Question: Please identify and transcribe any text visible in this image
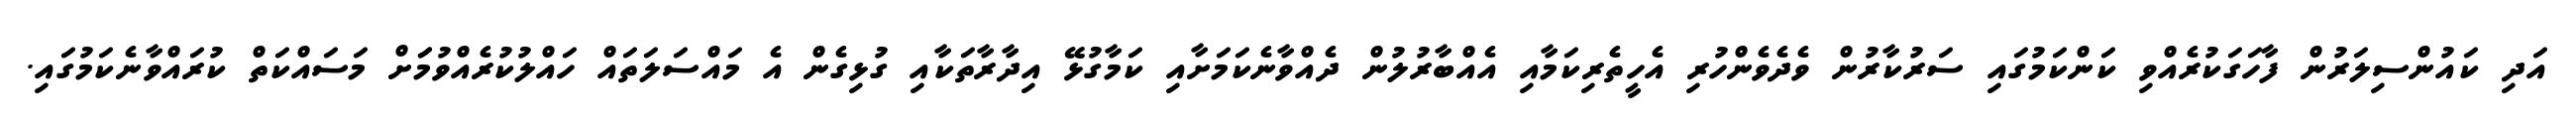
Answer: އަދި ކައުންސިލަރުން ފާހަގަކުރެއްވި ކަންކަމުގައި ސަރުކާރުން ވެދެވެންހުރި އެހީތެރިކަމާއި އެއްބާރުލުން ދެއްވާނެކަމަށާއި ކަމާގުޅޭ އިދާރާތަކާއި ގުޅިގެން އެ މައްސަލަތައް ހައްލުކުރެއްވުމަަށް މަސައްކަތް ކުރައްވާނެކަމުގައި.